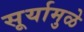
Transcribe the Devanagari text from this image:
सूर्यामुळे